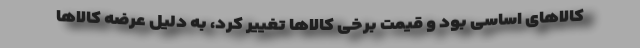
کالاهای اساسی بود و قیمت برخی کالاها تغییر کرد، به دلیل عرضه کالاها